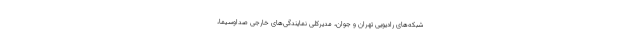
شبکه‌های رادیویی تهران و جوان، مدیرکلی نمایندگی‌های خارجی صداوسیما،